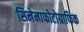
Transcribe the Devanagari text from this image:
सिनेमाफोटोग्राफिक